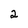
Character: 2